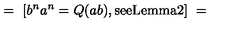
= \ [ b ^ { n } a ^ { n } = Q ( a b ) , { \mathrm { s e e L e m m a 2 } } ] \ =